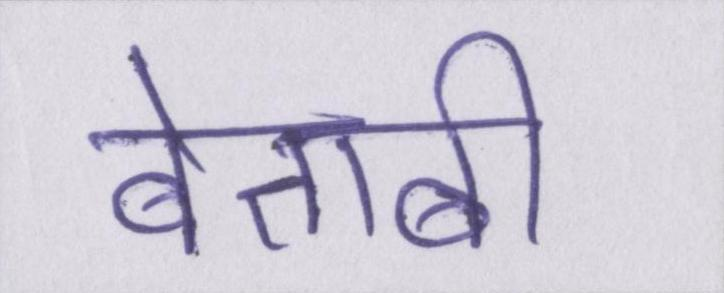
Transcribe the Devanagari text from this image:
बेताबी